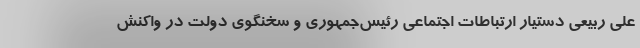
علی ربیعی دستیار ارتباطات اجتماعی رئیس‌جمهوری و سخنگوی دولت در واکنش